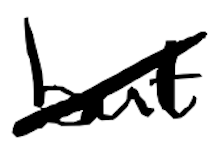
Text: but
Cross-out: diagonal
Writing tool: digital_black